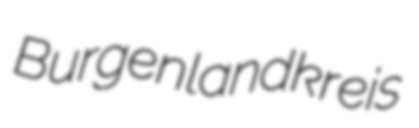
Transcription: Burgenlandkreis